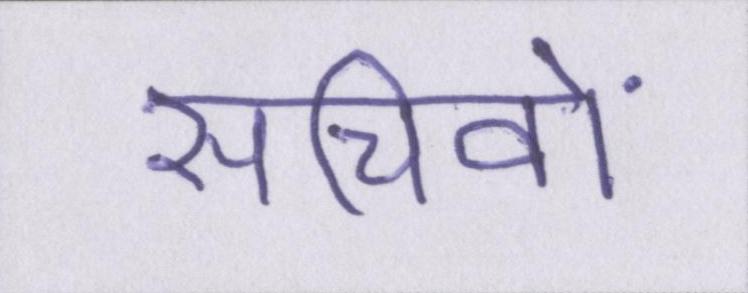
सचिवों